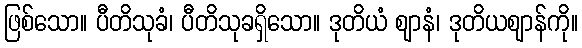
ဖြစ်သော။ ပီတိသုခံ၊ ပီတိသုခရှိသော။ ဒုတိယံ ဈာနံ၊ ဒုတိယဈာန်ကို။